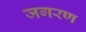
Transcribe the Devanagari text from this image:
जगरण